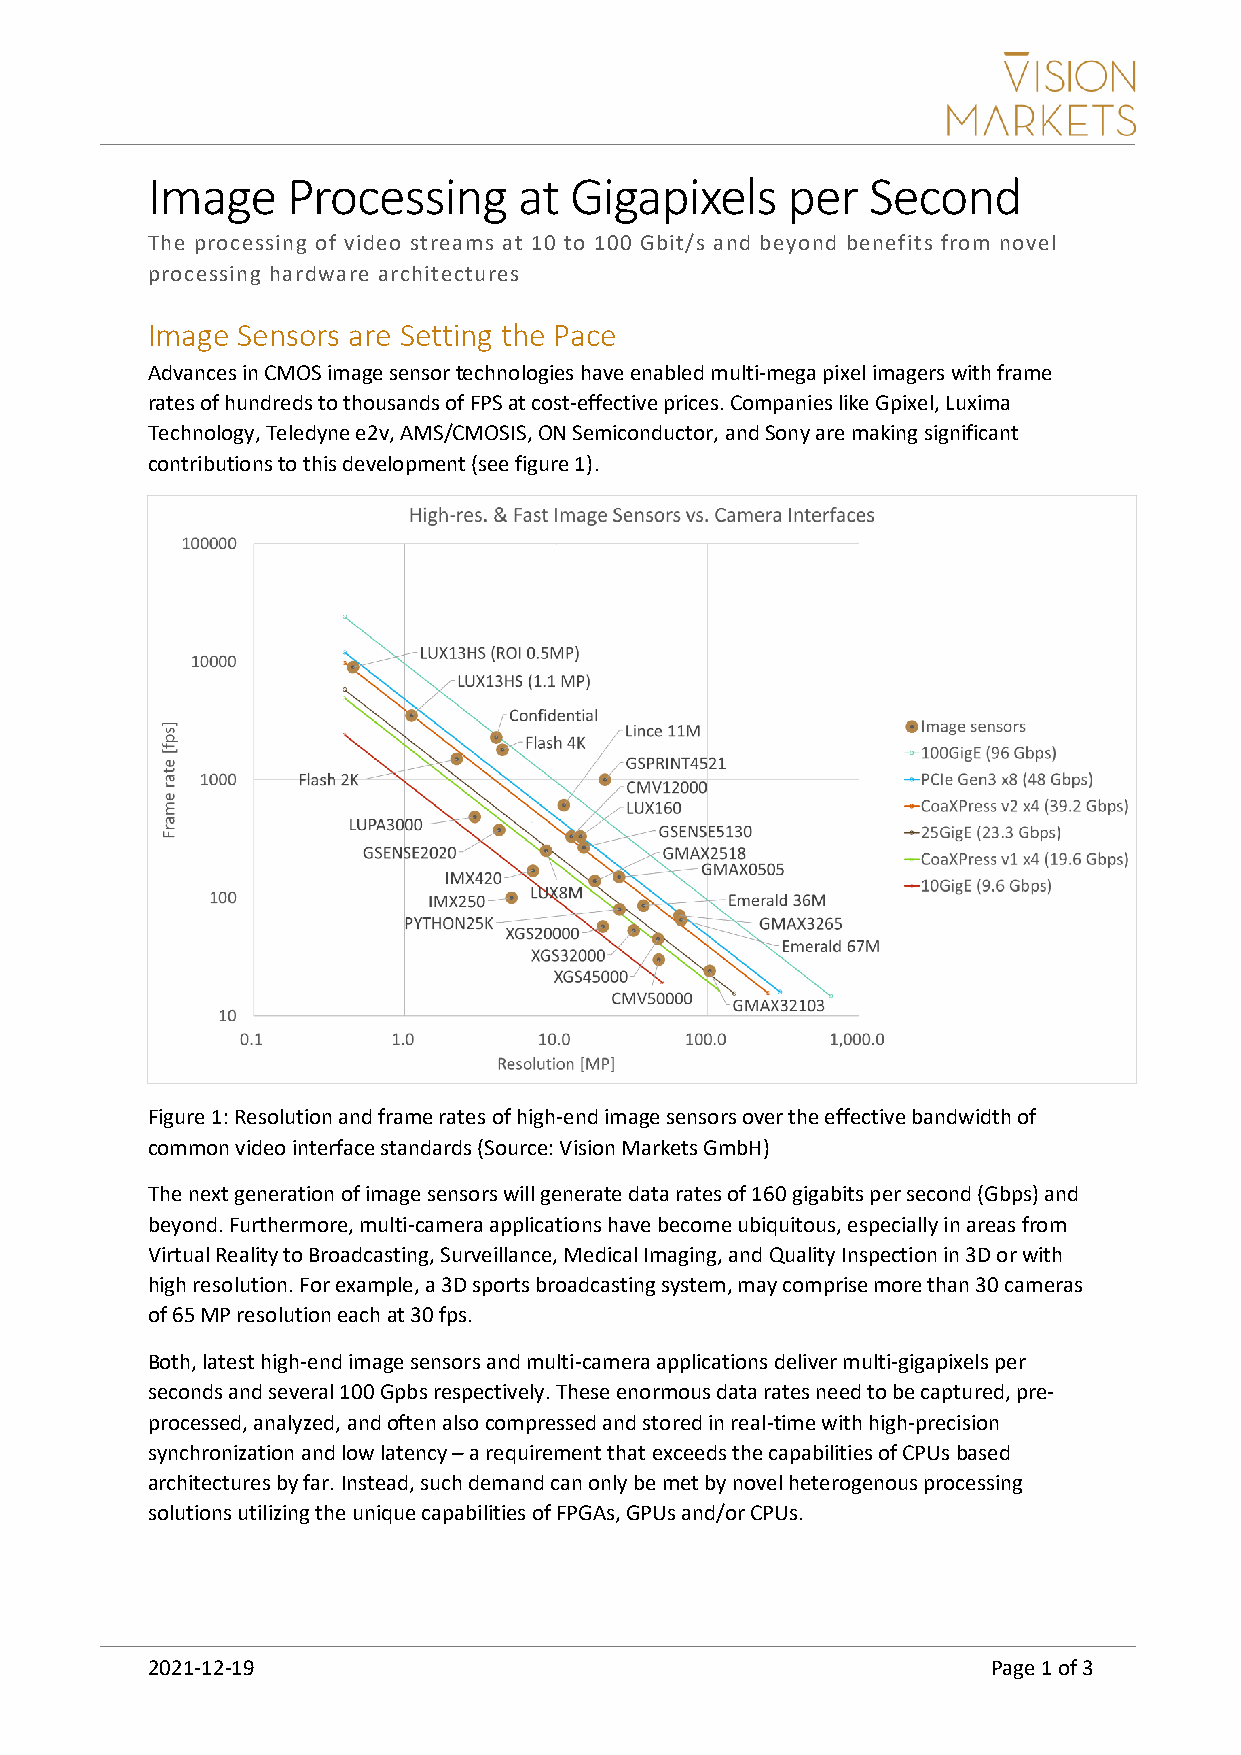
Image    Processing     at  Gigapixels    per   Second
 The processing of video streams at 10 to 100 Gbit/s and beyond benefits from novel
 processing hardware architectures
 Image Sensors are Setting the Pace
 Advances in CMOS image sensor technologies have enabled multi-mega pixel imagers with frame
 rates of hundreds to thousands of FPS at cost-effective prices. Companies like Gpixel, Luxima
 Technology, Teledyne e2v, AMS/CMOSIS, ON Semiconductor, and Sony are making significant
 contributions to this development (see figure 1).
 Figure 1: Resolution and frame rates of high-end image sensors over the effective bandwidth of
 common video interface standards (Source: Vision Markets GmbH)
 The next generation of image sensors will generate data rates of 160 gigabits per second (Gbps) and
 beyond. Furthermore, multi-camera applications have become ubiquitous, especially in areas from
 Virtual Reality to Broadcasting, Surveillance, Medical Imaging, and Quality Inspection in 3D or with
 high resolution. For example, a 3D sports broadcasting system, may comprise more than 30 cameras
 of 65 MP resolution each at 30 fps.
 Both, latest high-end image sensors and multi-camera applications deliver multi-gigapixels per
 seconds and several 100 Gpbs respectively. These enormous data rates need to be captured, pre-
 processed, analyzed, and often also compressed and stored in real-time with high-precision
 synchronization and low latency – a requirement that exceeds the capabilities of CPUs based
 architectures by far. Instead, such demand can only be met by novel heterogenous processing
 solutions utilizing the unique capabilities of FPGAs, GPUs and/or CPUs.
 2021-12-19                                              Page 1 of 3